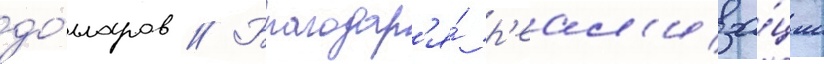
до́лларов // Благодар'я́ р'еал'иза́ции